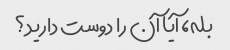
بله، آیا آن را دوست دارید؟